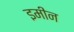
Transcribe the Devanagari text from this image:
इमीन